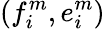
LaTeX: {(f_{i}^{m},e_{i}^{m})}